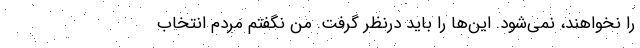
را نخواهند، نمی‌شود. این‌ها را باید درنظر گرفت. من نگفتم مردم انتخاب